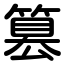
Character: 篡